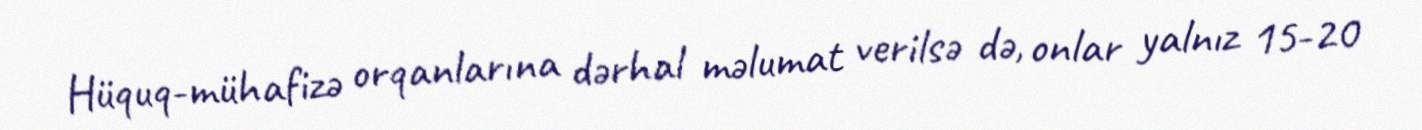
Hüquq-mühafizə orqanlarına dərhal məlumat verilsə də, onlar yalnız 15-20